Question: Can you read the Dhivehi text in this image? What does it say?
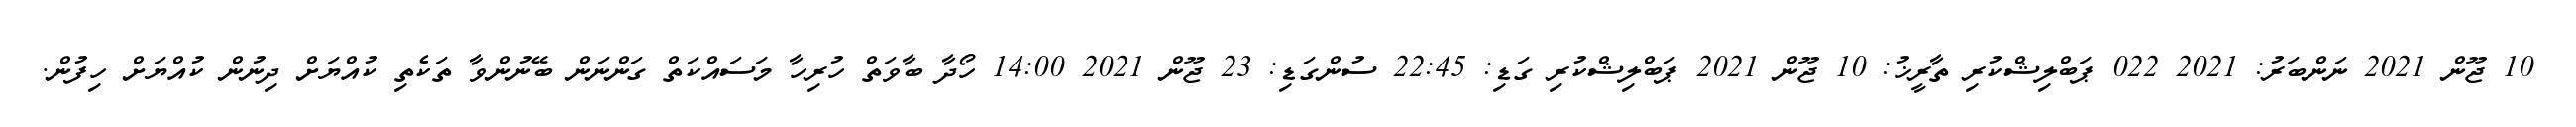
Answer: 10 ޖޫން 2021 ނަންބަރު: 2021 022 ޕަބްލިޝްކުރި ތާރީޚު: 10 ޖޫން 2021 ޕަބްލިޝްކުރި ގަޑި: 22:45 ސުންގަޑި: 23 ޖޫން 2021 14:00 ހޯދާ ބާވަތް ހުރިހާ މަސައްކަތް ގަންނަން ބޭނުންވާ ތަކެތި ކުއްޔަށް ދިނުން ކުއްޔަށް ހިފުން.